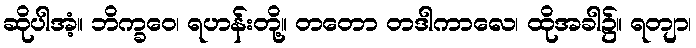
ဆိုပါအံ့။ ဘိက္ခဝေ၊ ရဟန်းတို့။ တတော တဒါကာလေ၊ ထိုအခါ၌။ ရတျာ၊